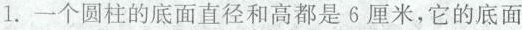
1.一个圆柱的底面直径和高都是6厘米，它的底面